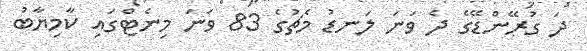
ދަ ގުރޭންޑޭގެ ދެ ވަނަ ލަނޑު މެޗުގެ 83 ވަނަ މިނެޓްގައި ކާމިޔާބު